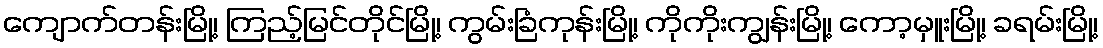
ကျောက်တန်းမြို့၊ ကြည့်မြင်တိုင်မြို့၊ ကွမ်းခြံကုန်းမြို့၊ ကိုကိုးကျွန်းမြို့၊ ကော့မှူးမြို့၊ ခရမ်းမြို့၊